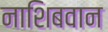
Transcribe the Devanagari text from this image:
नाशिबवान